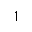
1